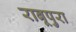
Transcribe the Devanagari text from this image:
राबूपुरा